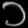
Digit: ၁